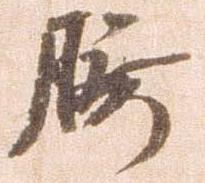
腰